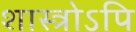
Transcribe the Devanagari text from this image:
शास्त्रोऽपि